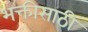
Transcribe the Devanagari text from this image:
भक्तीसाठी